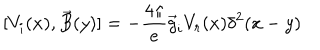
LaTeX: [ V _ { i } ( x ) , \vec { B } ( y ) ] = - { \frac { 4 \pi } { e } } \vec { g } _ { i } V _ { r } ( x ) \delta ^ { 2 } ( x - y )